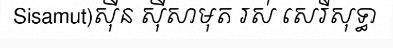
Sisamut)ស៊ីន ស៊ីសាមុត រស់ សេរីសុទ្ធា